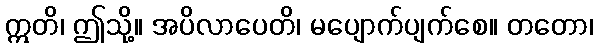
ဣတိ၊ ဤသို့။ အပိလာပေတိ၊ မပျောက်ပျက်စေ။ တတော၊